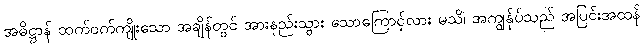
အဓိဋ္ဌာန် ထက်ဝက်ကျိုးသော အချိန်တွင် အားနည်းသွား သောကြောင့်လား မသိ၊ အကျွန်ုပ်သည် အပြင်းအထန်